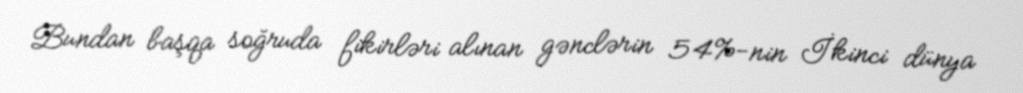
Bundan başqa soğruda fikirləri alınan gənclərin 54%-nin İkinci dünya